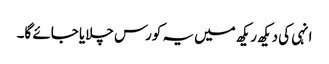
انہی کی دیکھ ریکھ میں یہ کورس چلایا جائے گا۔